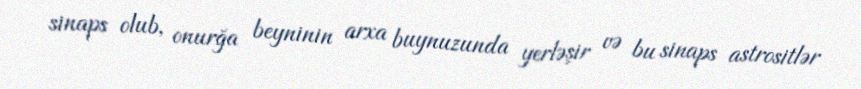
sinaps olub, onurğa beyninin arxa buynuzunda yerləşir və bu sinaps astrositlər